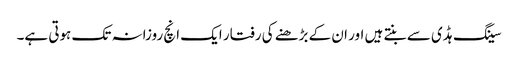
سینگ ہڈی سے بنتے ہیں اور ان کے بڑھنے کی رفتار ایک انچ روزانہ تک ہوتی ہے۔